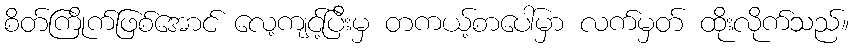
စိတ်ကြိုက်ဖြစ်အောင် လေ့ကျင့်ပြီးမှ တကယ့်စာပေါ်မှာ လက်မှတ် ထိုးလိုက်သည်။